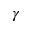
\gamma